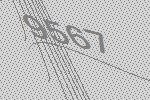
9567